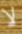
لا